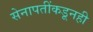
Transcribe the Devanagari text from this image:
सेनापतींकडूनही